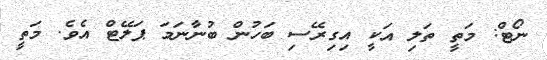
ނޯޓް: މަތީ ތަލި އަކީ އިގިރޭސި ބަހުން ބުނާނަމަ ޕަލޭޓް އެވެ. މަތީ